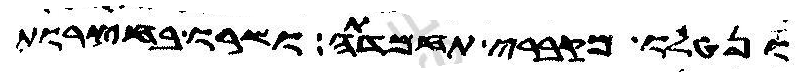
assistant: ונטלו מקברי תחמדתה ושרו בחצרות